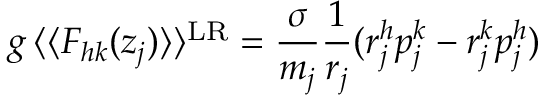
g \, \langle \langle F _ { h k } ( z _ { j } ) \rangle \rangle ^ { \mathrm { L R } } = \frac { \sigma } { m _ { j } } \frac { 1 } { r _ { j } } ( r _ { j } ^ { h } p _ { j } ^ { k } - r _ { j } ^ { k } p _ { j } ^ { h } )